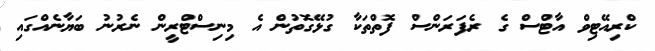
ކްރިއޭޓިވް އާޓްސް ގެ ރެފަރަންސް ފޮތްތަކާ ގުޅޭގޮތުން އެެ މިނިސްޓްރީން ނެރުނު ބަޔާނެއްގައި